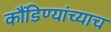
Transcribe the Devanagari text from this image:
कौंडिण्यांच्याच